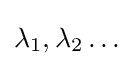
{\textstyle \lambda _{1},\lambda _{2}\dots }